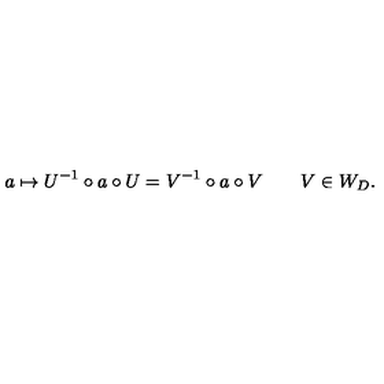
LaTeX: a \mapsto U ^ { - 1 } \circ a \circ U = V ^ { - 1 } \circ a \circ V \qquad V \in W _ { D } .